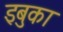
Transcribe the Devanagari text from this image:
इबुका